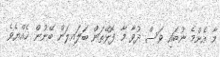
މާ އެންމެ ނުބައި ވަސް ދުވާ މާ ފޮޅޭތަން ބަލައިލަން ބޭނުން ހެއްޔެވެ